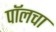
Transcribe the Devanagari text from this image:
पॉलचा